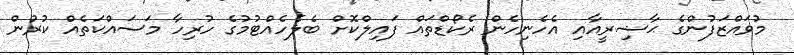
މުވައްޒަފުންގެ ޙާޟިރީއާއި އެހެނިހެން ރެކޯޑްތައް ފައިލްކޮށް ބެލެހެއްޓުމުގެ ހުރިހާ މަސައްކަތެއް ކުރުން